Madras plague regulations and rules - Volume 2
Disease focus: Plague
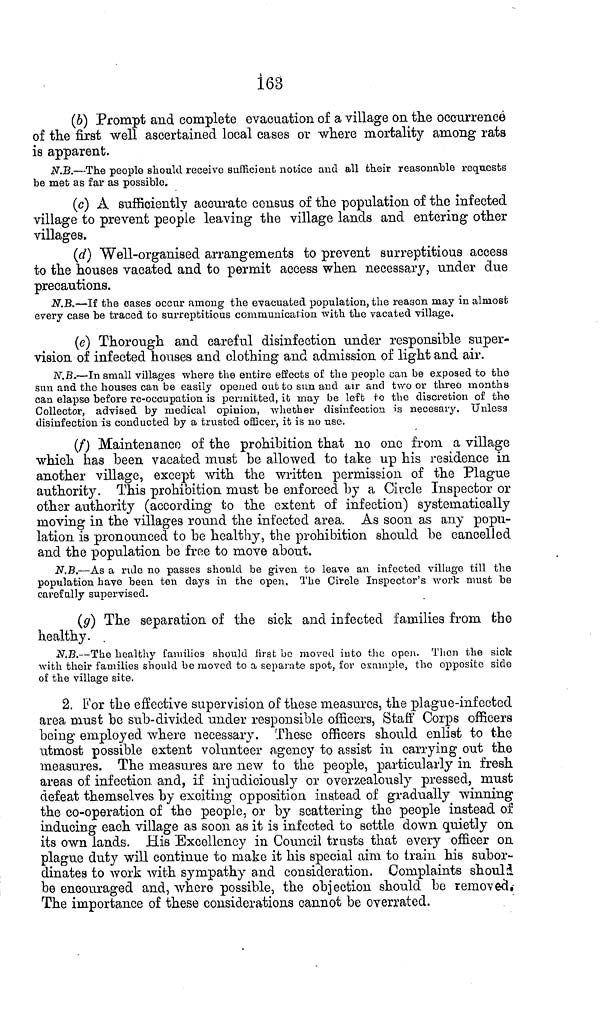
163
(6) Prompt and complete evacuation of a village on the occurrence
of the first well ascertained local cases or where mortality among rats
is apparent.
N.B.—The people should receive sufficient notice and all their reasonable requests
be met as far as possible.
(c) A sufficiently accurate census of the population of the infected
village to prevent people leaving the village lands and entering other
villages.
(d) Well-organised arrangements to prevent surreptitious access
to the houses vacated and to permit access when necessary, under due
precautions.
N.B.—If the oases occur among the evacuated population, the reason may in almost
every case be traced to surreptitious communication with the vacated village.
(e) Thorough and careful disinfection under responsible super-
vision of infected houses and clothing and admission of light and air.
N.B.—In small villages where the entire effects of the people can be exposed to the
sun and the houses can be easily opened out to sun and air and two or three months
can elapse before re-occupation is permitted, it may be left to the discretion of the
Collector, advised by medical opinion, whether disinfection is necesary. Unless
disinfection is conducted by a trusted officer, it is no use.
(f) Maintenance of the prohibition that no one from a village
which has been vacated must be allowed to take up his residence in
another village, except with the written permission of the Plague
authority. This prohibition must be enforced by a Circle Inspector or
other authority (according to the extent of infection) systematically
moving in the villages round the infected area. As soon as any popu-
lation is pronounced to be healthy, the prohibition should be cancelled
and the population be free to move about.
N.B.—As a rule no passes should be given to leave an infected village till the
population have been ten days in the open. The Circle Inspector's work must be
carefully supervised.
(g) The separation of the sick and infected families from the
healthy.
N.B.—The healthy families should first be moved into the open. Then the sick
with their families should be moved to a separate spot, for example, the opposite side
of the village site.
2. For the effective supervision of these measures, the plague-infected
area must be sub-divided under responsible officers, Staff Corps officers
being employed where necessary. These officers should enlist to the
utmost possible extent volunteer agency to assist in carrying out the
measures. The measures are new to the people, particularly in fresh
areas of infection and, if injudiciously or overzealously pressed, must
defeat themselves by exciting opposition instead of gradually winning
the co-operation of the people, or by scattering the people instead of
inducing each village as soon as it is infected to settle down quietly on
its own lands. His Excellency in Council trusts that every officer on
plague duty will continue to make it his special aim to train his subor-
dinates to work with sympathy and consideration. Complaints should
be encouraged and, where possible, the objection should be removed.
The importance of these considerations cannot be overrated.